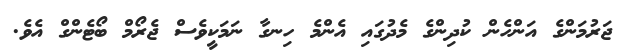
ޖަރުމަންގެ އަންހެން ކުދިންގެ މެދުގައި އެންމެ ހިނގާ ނަމަކީވެސް ޖެރޯމް ބޯޓެންގް އެވެ.